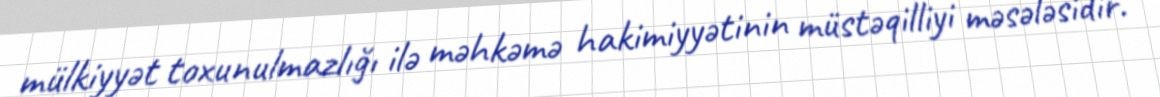
mülkiyyət toxunulmazlığı ilə məhkəmə hakimiyyətinin müstəqilliyi məsələsidir.